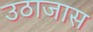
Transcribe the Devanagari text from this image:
उठाजास